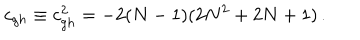
LaTeX: c _ { g h } \equiv c _ { g h } ^ { 2 } = - 2 ( N - 1 ) ( 2 N ^ { 2 } + 2 N + 1 ) \, .